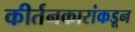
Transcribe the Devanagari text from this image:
कीर्तनकारांकडून